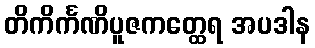
တိကိင်္ကဏိပူဇကတ္ထေရ အပဒါန